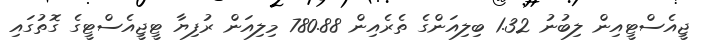
ޖީއެސްޓީއިން ލިބުނު 1.32 ބިލިއަންގެ ތެރެއިން 780.88 މިލިއަން ރުފިޔާ ޓީޖީއެސްޓީގެ ގޮތުގައި